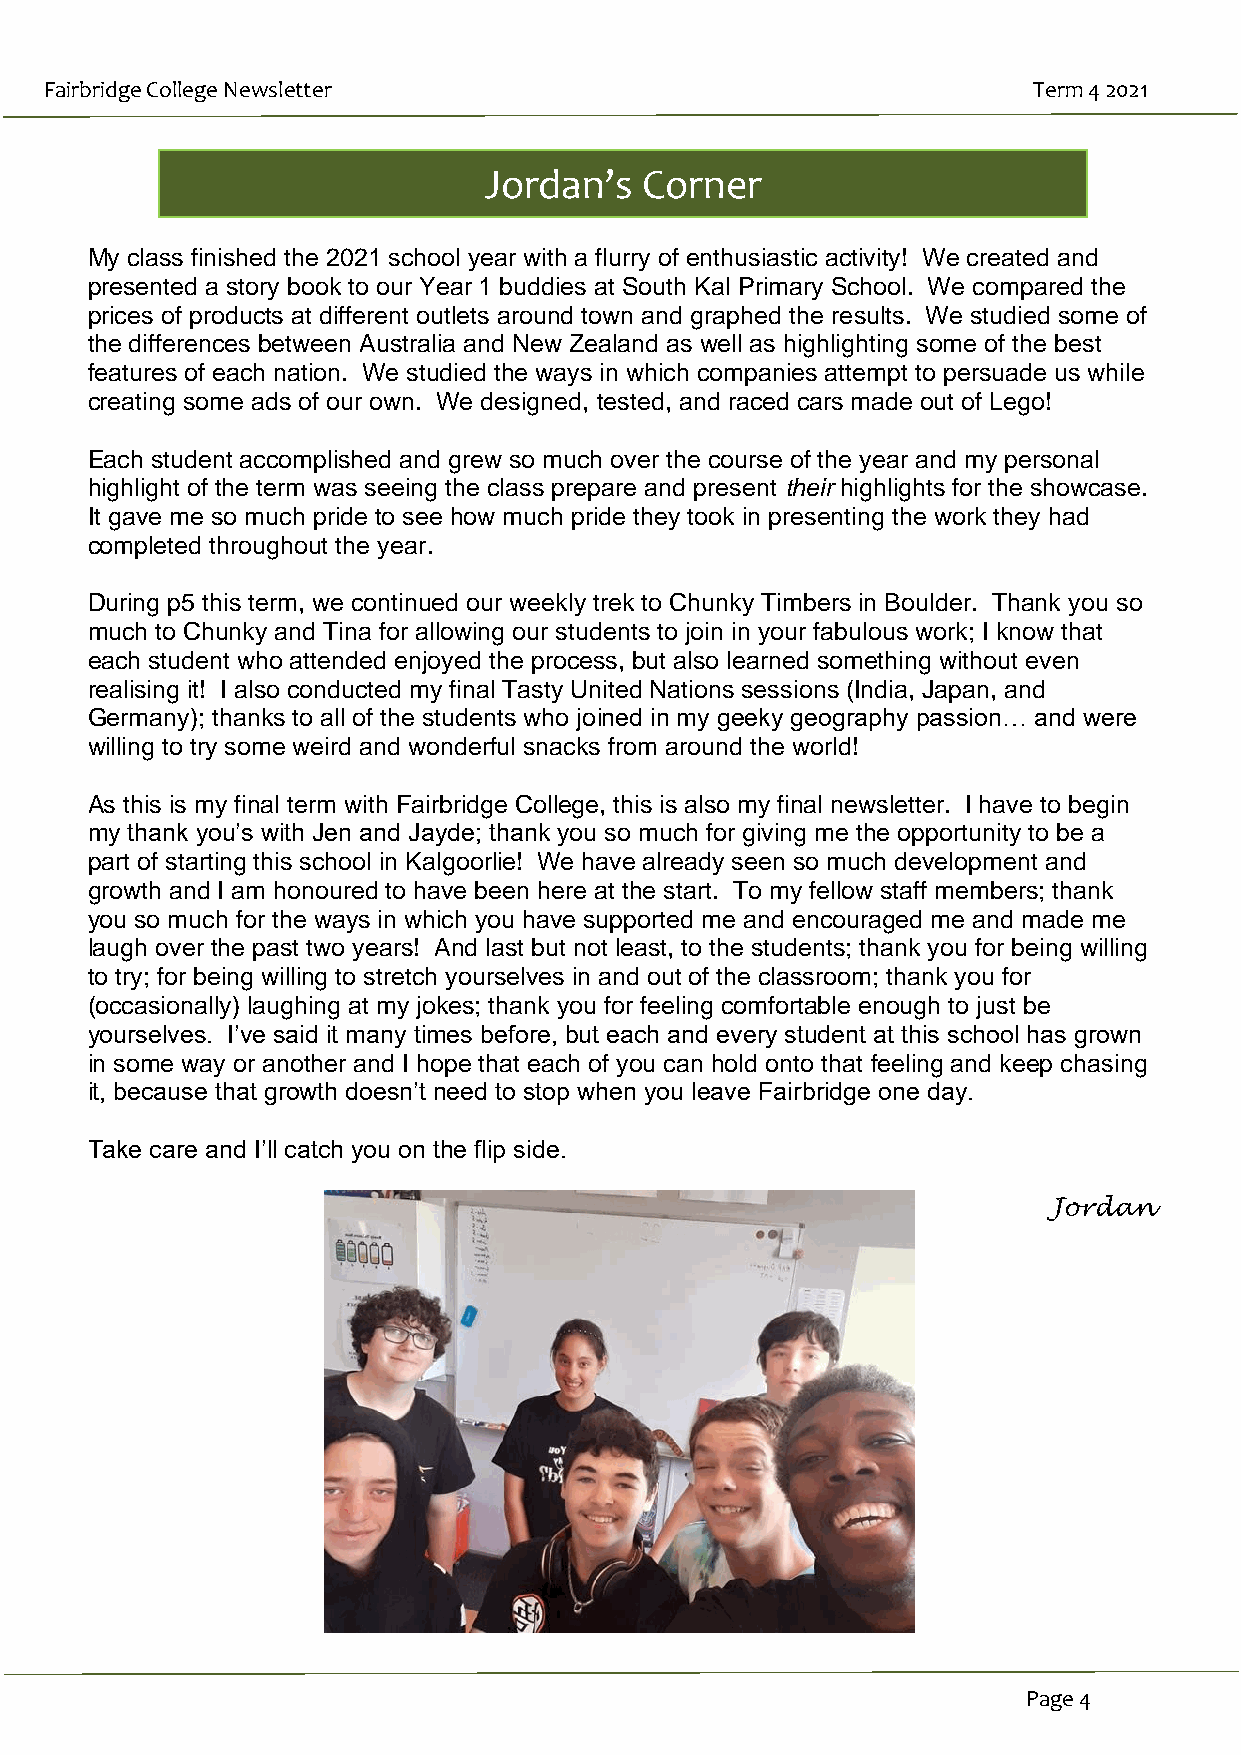
Fairbridge College Newsletter                                    Term 4 2021
 Jordan’s   Corner
 My class finished the 2021 school year with a flurry of enthusiastic activity! We created and
 presented a story book to our Year 1 buddies at South Kal Primary School. We compared the
 prices of products at different outlets around town and graphed the results. We studied some of
 the differences between Australia and New Zealand as well as highlighting some of the best
 features of each nation. We studied the ways in which companies attempt to persuade us while
 creating some ads of our own. We designed, tested, and raced cars made out of Lego!
 Each student accomplished and grew so much over the course of the year and my personal
 highlight of the term was seeing the class prepare and present their highlights for the showcase.
 It gave me so much pride to see how much pride they took in presenting the work they had
 completed throughout the year.
 During p5 this term, we continued our weekly trek to Chunky Timbers in Boulder. Thank you so
 much to Chunky and Tina for allowing our students to join in your fabulous work; I know that
 each student who attended enjoyed the process, but also learned something without even
 realising it! I also conducted my final Tasty United Nations sessions (India, Japan, and
 Germany); thanks to all of the students who joined in my geeky geography passion… and were
 willing to try some weird and wonderful snacks from around the world!
 Holly’s Happiest   Moments
 As this is my final term with Fairbridge College, this is also my final newsletter. I have to begin
 my thank you’s with Jen and Jayde; thank you so much for giving me the opportunity to be a
 ‘s
 part of starting this school in Kalgoorlie! We have already seen so much development and
 growth and I am honoured to have been here at the start. To my fellow staff members; thank
 you so much for the ways in which you have supported me and encouraged me and made me
 laugh over the past two years! And last but not least, to the students; thank you for being willing
 to try; for being willing to stretch yourselves in and out of the classroom; thank you for
 (occasio nally) laughing at my jokes; thank you for feeling comfortable enough to just be
 yourselves. I’ve said it many times before, but each and every student at this school has grown
 in some way or another and I hope that each of you can hold onto that feeling and keep chasing
 it, becau se that growth doesn’t need to stop when you leave Fairbridge one day.
 Take care and I’ll catch you on the flip side.
 Jordan
 Page 4